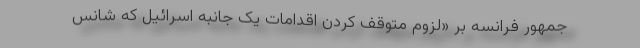
جمهور فرانسه بر «لزوم متوقف کردن اقدامات یک جانبه اسرائیل که شانس